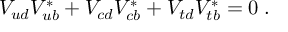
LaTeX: V _ { u d } V _ { u b } ^ { * } + V _ { c d } V _ { c b } ^ { * } + V _ { t d } V _ { t b } ^ { * } = 0 \; .